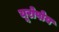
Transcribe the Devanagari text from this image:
यूरोपोय